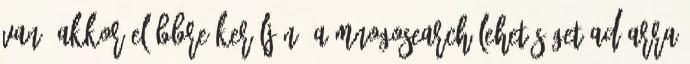
van, akkor előbbre kerüljön. A MnogoSearch lehetőséget ad arra